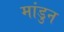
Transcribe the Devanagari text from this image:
मांडुन